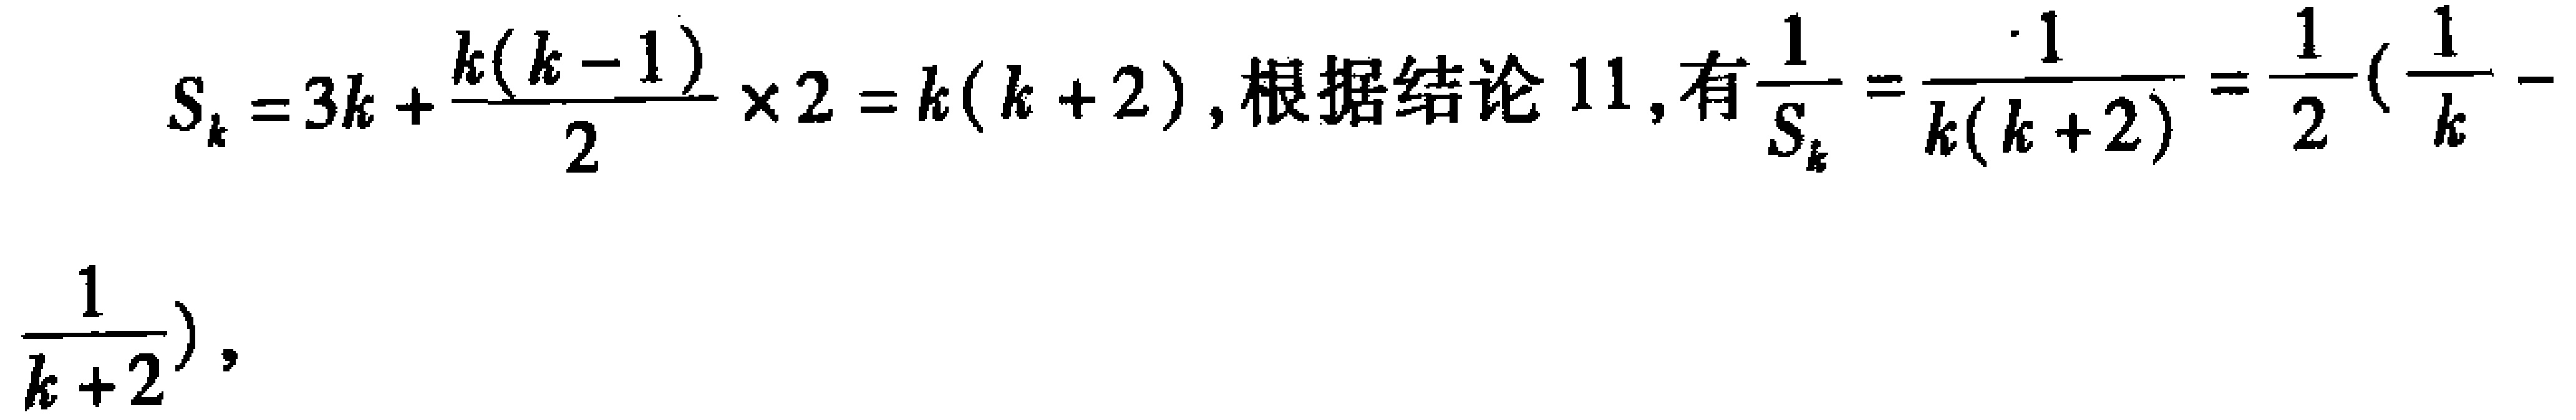
\[
S_{k}=3k + \frac{k(k - 1)}{2}\times2=k(k + 2),根据结论11,有\frac{1}{S_{k}}=\frac{1}{k(k + 2)}=\frac{1}{2}(\frac{1}{k}-
\]
\[
\frac{1}{k + 2}),
\]